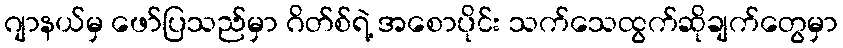
ဂျာနယ်မှ ဖော်ပြသည်မှာ ဂိတ်စ်ရဲ့ အစောပိုင်း သက်သေထွက်ဆိုချက်တွေမှာ